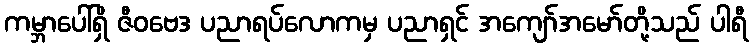
ကမ္ဘာပေါ်ရှိ ဇီဝဗေဒ ပညာရပ်လောကမှ ပညာရှင် အကျော်အမော်တို့သည် ပါရီ